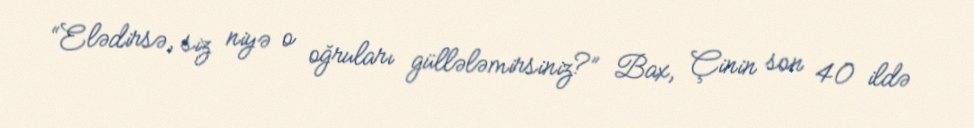
“Elədirsə, siz niyə o oğruları güllələmirsiniz?” Bax, Çinin son 40 ildə